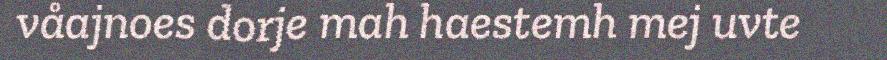
våajnoes dorje mah haestemh mej uvte